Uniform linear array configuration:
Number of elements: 4
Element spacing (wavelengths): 0.25
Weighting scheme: blackman
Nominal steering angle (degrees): -30
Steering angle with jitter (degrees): -29.768
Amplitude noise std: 0.05
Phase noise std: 0.05

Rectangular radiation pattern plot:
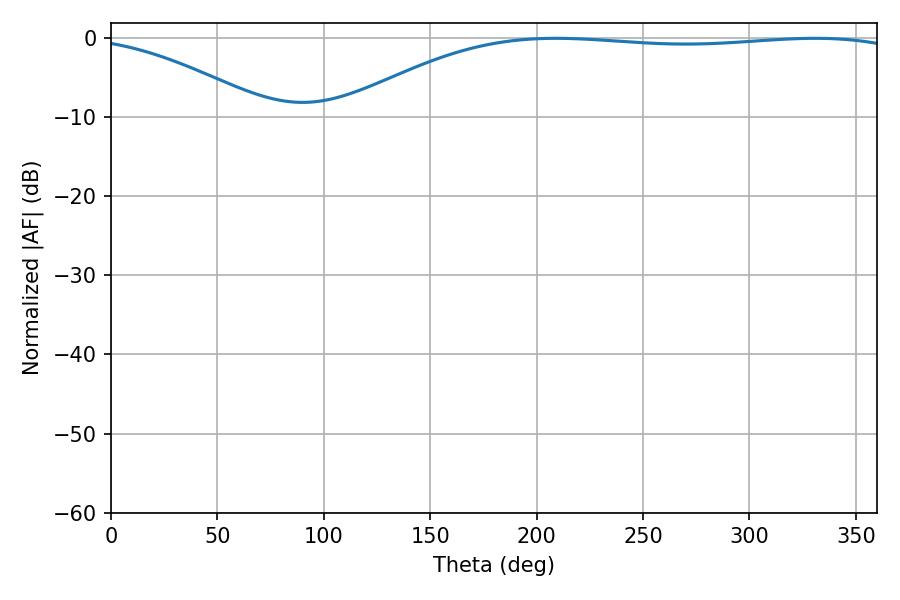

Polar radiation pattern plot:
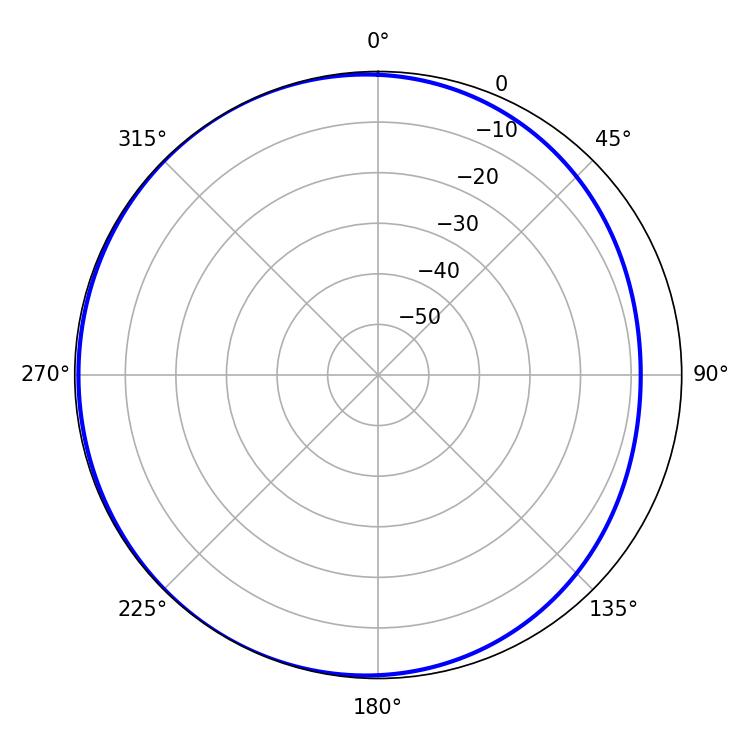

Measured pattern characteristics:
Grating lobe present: FALSE
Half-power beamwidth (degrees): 210.78
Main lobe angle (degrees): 208.98